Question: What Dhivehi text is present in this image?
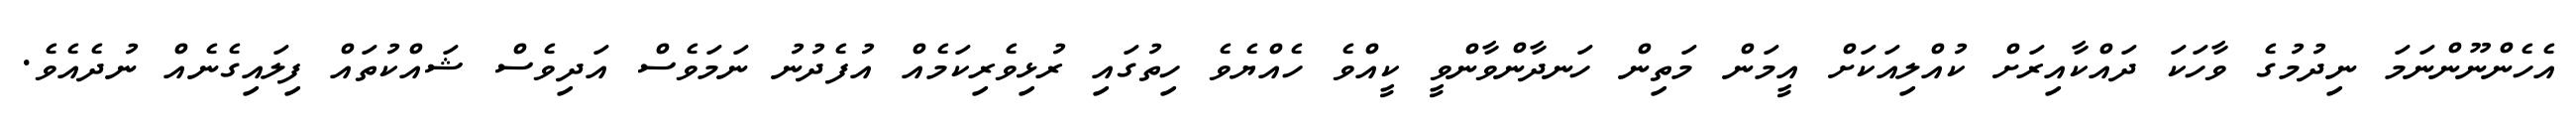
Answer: އެހެންނޫންނަމަ ނިދުމުގެ ވާހަކަ ދައްކާއިރަށް ކުއްލިއަކަށް އީމަން މަތިން ހަނދާންވާންވީ ކީއްވެ ހެއްޔެވެ ހިތުގައި ރުޅިވެރިކަމެއް އުފެދުނު ނަމަވެސް އަދިވެސް ޝައްކުތައް ފިލައިގެނެއް ނުދެއެވެ.